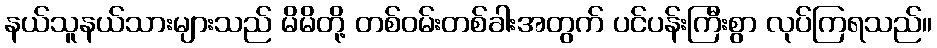
နယ်သူနယ်သားများသည် မိမိတို့ တစ်ဝမ်းတစ်ခါးအတွက် ပင်ပန်းကြီးစွာ လုပ်ကြရသည်။